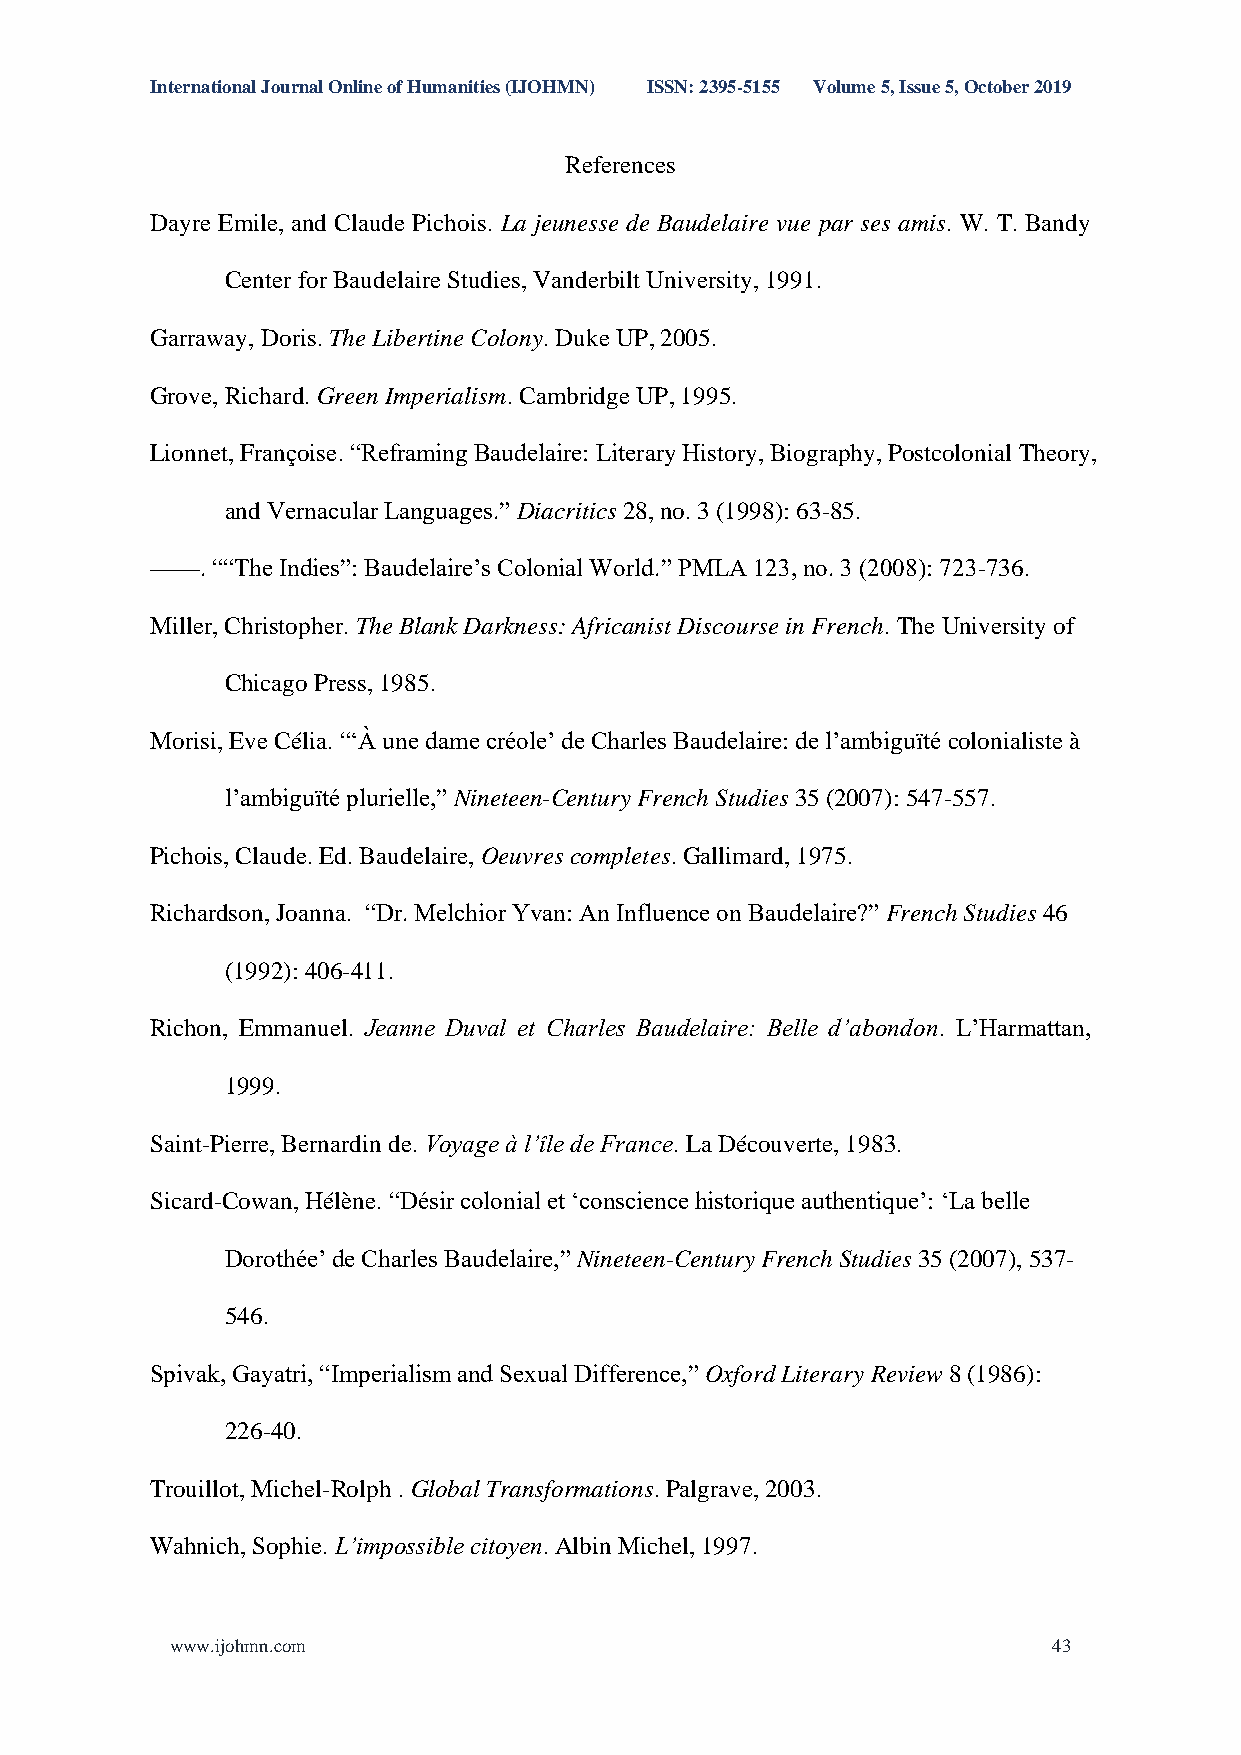
International Journal Online of Humanities (IJOHMN) ISSN: 2395-5155 Volume 5, Issue 5, October 2019
 References
 Dayre Emile, and Claude Pichois. La jeunesse de Baudelaire vue par ses amis. W. T. Bandy
 Center for Baudelaire Studies, Vanderbilt University, 1991.
 Garraway, Doris. The Libertine Colony. Duke UP, 2005.
 Grove, Richard. Green Imperialism. Cambridge UP, 1995.
 Lionnet, Françoise. “Reframing Baudelaire: Literary History, Biography, Postcolonial Theory,
 and Vernacular Languages.” Diacritics 28, no. 3 (1998): 63-85.
 ——. ““The Indies”: Baudelaire’s Colonial World.” PMLA 123, no. 3 (2008): 723-736.
 Miller, Christopher. The Blank Darkness: Africanist Discourse in French. The University of
 Chicago Press, 1985.
 Morisi, Eve Célia. “‘À une dame créole’ de Charles Baudelaire: de l’ambiguïté colonialiste à
 l’ambiguïté plurielle,” Nineteen-Century French Studies 35 (2007): 547-557.
 Pichois, Claude. Ed. Baudelaire, Oeuvres completes. Gallimard, 1975.
 Richardson, Joanna. “Dr. Melchior Yvan: An Influence on Baudelaire?” French Studies 46
 (1992): 406-411.
 Richon, Emmanuel. Jeanne Duval et Charles Baudelaire: Belle d’abondon. L’Harmattan,
 1999.
 Saint-Pierre, Bernardin de. Voyage à l’île de France. La Découverte, 1983.
 Sicard-Cowan, Hélène. “Désir colonial et ‘conscience historique authentique’: ‘La belle
 Dorothée’ de Charles Baudelaire,” Nineteen-Century French Studies 35 (2007), 537-
 546.
 Spivak, Gayatri, “Imperialism and Sexual Difference,” Oxford Literary Review 8 (1986):
 226-40.
 Trouillot, Michel-Rolph . Global Transformations. Palgrave, 2003.
 Wahnich, Sophie. L’impossible citoyen. Albin Michel, 1997.
 www.ijohmn.com                                             43